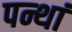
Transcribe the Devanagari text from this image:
पन्थां